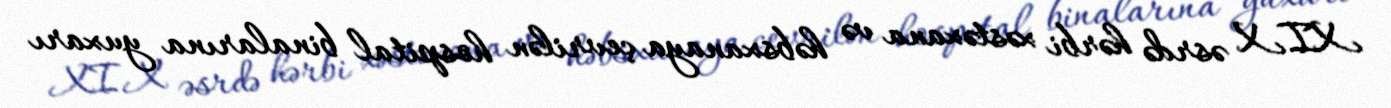
XIX əsrdə hərbi xəstəxana və həbsxanaya çevrilən hospital binalarına yuxarı